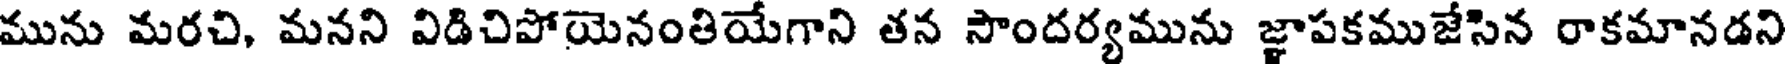
మును మరచి, మనని విడిచిపోయెనంతియేగాని తన సౌందర్యమును జ్ఞాపకముజేసిన రాకమానడని